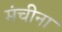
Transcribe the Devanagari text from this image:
मंचीना